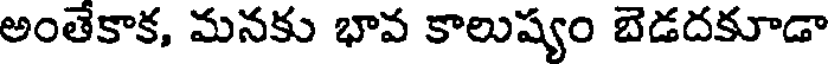
అంతేకాక, మనకు భావ కాలుష్యం బెడదకూడా